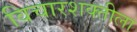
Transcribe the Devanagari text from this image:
विचारशक्तीला